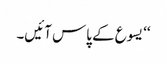
‘‘ یسوع کے پاس آئیں۔